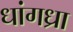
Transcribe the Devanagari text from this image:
धांगध्रा